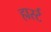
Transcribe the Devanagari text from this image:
हार्स्ट